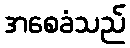
အစေခံသည်